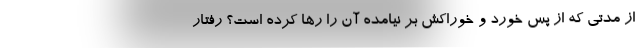
از مدتی که از پس خورد و خوراکش بر نیامده آن را رها کرده است؟ رفتار